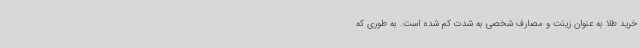
خرید طلا به عنوان زینت و مصارف شخصی به شدت کم شده است. به طوری که